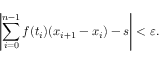
\left| \sum _ { i = 0 } ^ { n - 1 } f ( t _ { i } ) ( x _ { i + 1 } - x _ { i } ) - s \right| < \varepsilon .